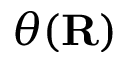
\theta ( \bf R )